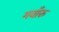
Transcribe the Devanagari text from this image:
गवाँरु